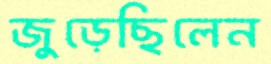
জুড়েছিলেন